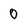
Character: 0